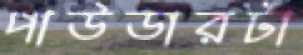
পাউডারটা